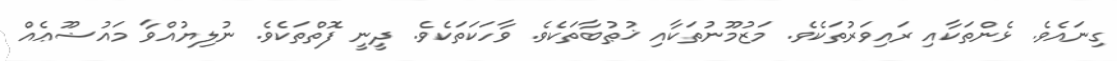
ގިނައެވެ. ޅެންތަކާއި ރައިވަރުތަކެވެ. މަޒުމޫނުތަކާއި ޚުޠުބާތަކެވެ. ވާހަކަތަކެވެ. ދީނީ ފޮތްތަކެވެ. ނުލިޔުއްވާ މައުޟޫޢެއް